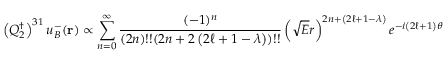
\left( Q _ { 2 } ^ { \dagger } \right) ^ { 3 1 } u _ { B } ^ { - } ( { \bf r } ) \propto \sum _ { n = 0 } ^ { \infty } { \frac { ( - 1 ) ^ { n } } { ( 2 n ) ! ! ( 2 n + 2 \left( 2 \ell + 1 - \lambda \right) ) ! ! } } \left( \sqrt { E } r \right) ^ { 2 n + \left( 2 \ell + 1 - \lambda \right) } e ^ { - i \left( 2 \ell + 1 \right) \theta }